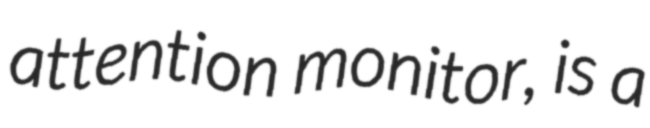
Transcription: attention monitor, is a